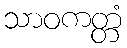
သာဝကတ္တံ